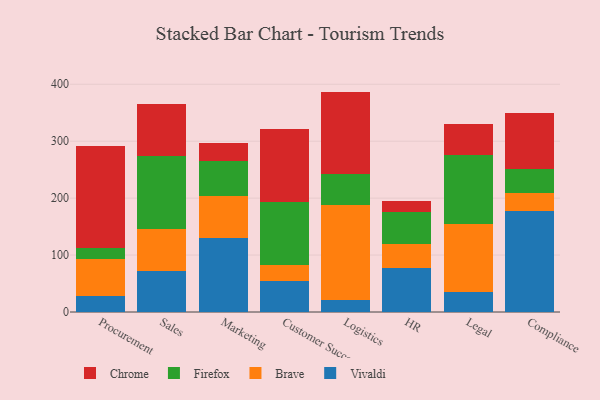
{"axis": {"x": "Department", "y": "Conversion Rate (%)"}, "legend": ["Brave", "Chrome", "Firefox", "Vivaldi"], "data": [{"x": "Procurement", "y": 27.9, "type": "Vivaldi"}, {"x": "Procurement", "y": 64.9, "type": "Brave"}, {"x": "Procurement", "y": 20.3, "type": "Firefox"}, {"x": "Procurement", "y": 177.6, "type": "Chrome"}, {"x": "Sales", "y": 71.3, "type": "Vivaldi"}, {"x": "Sales", "y": 74.3, "type": "Brave"}, {"x": "Sales", "y": 127.7, "type": "Firefox"}, {"x": "Sales", "y": 91.4, "type": "Chrome"}, {"x": "Marketing", "y": 129.6, "type": "Vivaldi"}, {"x": "Marketing", "y": 74.9, "type": "Brave"}, {"x": "Marketing", "y": 60.8, "type": "Firefox"}, {"x": "Marketing", "y": 32.2, "type": "Chrome"}, {"x": "Customer Success", "y": 54.9, "type": "Vivaldi"}, {"x": "Customer Success", "y": 28.1, "type": "Brave"}, {"x": "Customer Success", "y": 110.1, "type": "Firefox"}, {"x": "Customer Success", "y": 128.4, "type": "Chrome"}, {"x": "Logistics", "y": 20.4, "type": "Vivaldi"}, {"x": "Logistics", "y": 166.7, "type": "Brave"}, {"x": "Logistics", "y": 55.9, "type": "Firefox"}, {"x": "Logistics", "y": 144.1, "type": "Chrome"}, {"x": "HR", "y": 76.6, "type": "Vivaldi"}, {"x": "HR", "y": 43.3, "type": "Brave"}, {"x": "HR", "y": 55.4, "type": "Firefox"}, {"x": "HR", "y": 18.8, "type": "Chrome"}, {"x": "Legal", "y": 35.8, "type": "Vivaldi"}, {"x": "Legal", "y": 118.8, "type": "Brave"}, {"x": "Legal", "y": 121.0, "type": "Firefox"}, {"x": "Legal", "y": 55.4, "type": "Chrome"}, {"x": "Compliance", "y": 177.3, "type": "Vivaldi"}, {"x": "Compliance", "y": 31.3, "type": "Brave"}, {"x": "Compliance", "y": 42.7, "type": "Firefox"}, {"x": "Compliance", "y": 97.7, "type": "Chrome"}]}